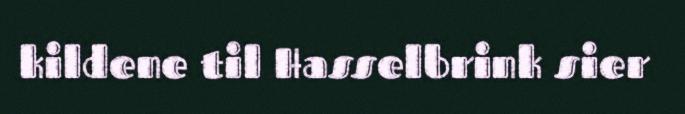
kildene til Hasselbrink sier